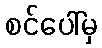
စင်ပေါ်မှ